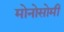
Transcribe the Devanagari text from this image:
मोनोसोमी